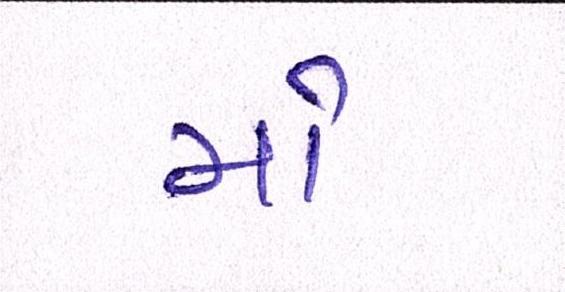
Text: મો